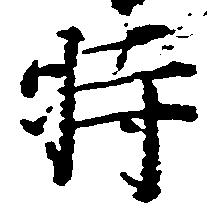
時